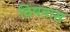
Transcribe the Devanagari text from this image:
विषयास